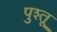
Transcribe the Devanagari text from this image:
पुश्‍तू